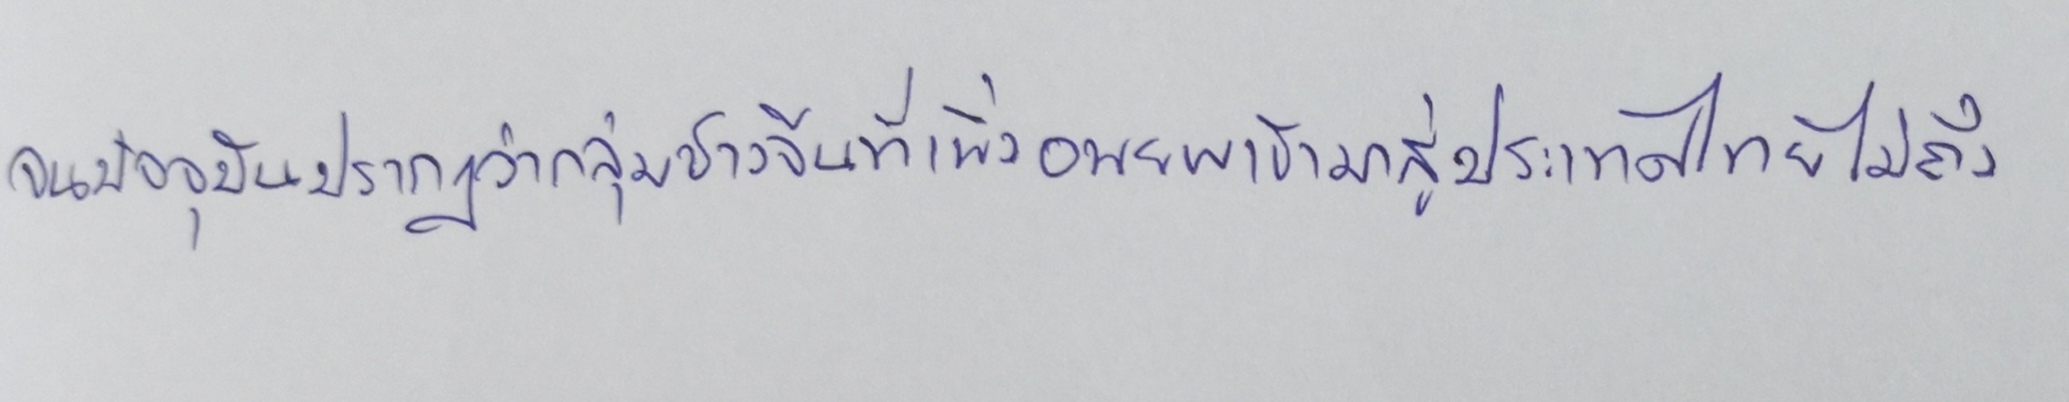
จนปัจจุบันปรากฏว่ากลุ่มชาวจีนที่เพิ่งอพยพเข้ามาสู่ประเทศไทยไม่ถึง